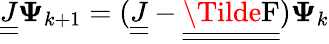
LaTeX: \underline{{\underline{{J}}}}\mathbf{\Psi}_{k+1}=(\underline{{\underline{{J}}}}-\underline{{\underline{{\Tilde{\operatorname{F}}}}}})\mathbf{\Psi}_{k}